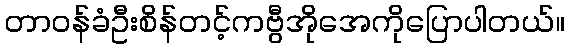
တာဝန်ခံဦးစိန်တင့်ကဗွီအိုအေကိုပြောပါတယ်။